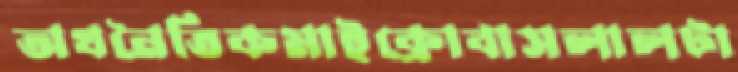
অথনৈতিকমাইক্রোবাসলালটা